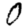
Digit: 0